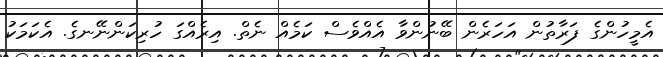
އެމީހުންގެ ފަރާތުން އަހަރެން ބޭނުންވާ އެއްވެސް ކަމެއް ނެތް. އިރެއްގަ ހުރިކަންނޭނގެ. އެކަމަކު